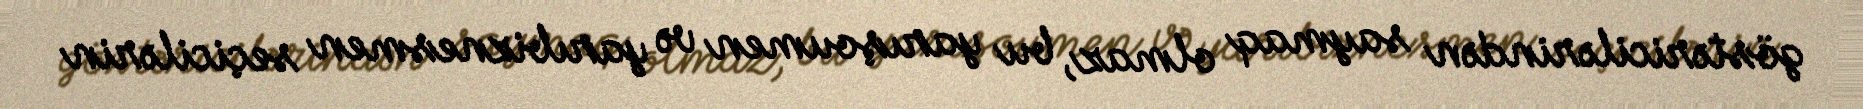
göstəricilərindən saymaq olmaz, bu yarışoumen və yarıbiznesmen seçicilərin